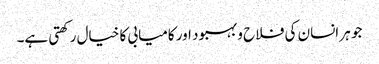
جو ہر انسان کی فلاح و بہبود اور کامیابی کا خیال رکھتی ہے۔